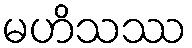
မဟိသဿ